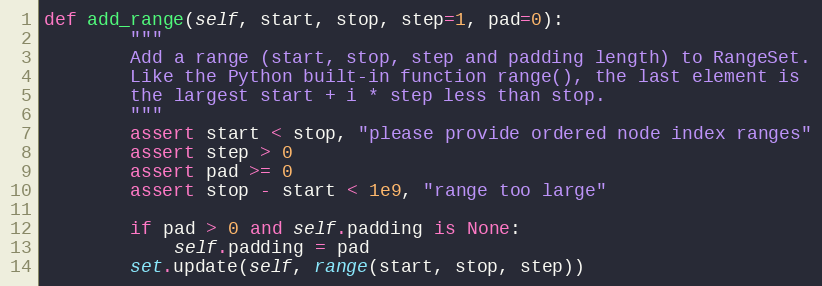
Language: Python
def add_range(self, start, stop, step=1, pad=0):
        """
        Add a range (start, stop, step and padding length) to RangeSet.
        Like the Python built-in function range(), the last element is
        the largest start + i * step less than stop.
        """
        assert start < stop, "please provide ordered node index ranges"
        assert step > 0
        assert pad >= 0
        assert stop - start < 1e9, "range too large"

        if pad > 0 and self.padding is None:
            self.padding = pad
        set.update(self, range(start, stop, step))